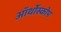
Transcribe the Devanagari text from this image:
ऑर्थोस्कोप